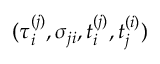
( \tau _ { i } ^ { ( j ) } , \sigma _ { j i } , t _ { i } ^ { ( j ) } , t _ { j } ^ { ( i ) } )